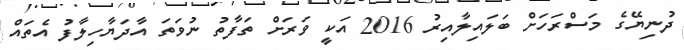
ދުނިޔޭގެ މަސްރަހަށް ބަލައިލާއިރު 2016 އަކީ ވަރަށް ތަފާތު ނުވަތަ އާދަޔާހިލާފު އެތައް